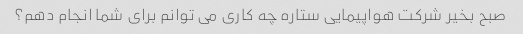
صبح بخیر شرکت هواپیمایی ستاره چه کاری می توانم برای شما انجام دهم؟